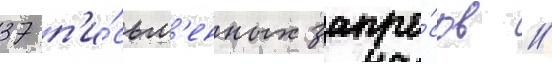
37 п'и́сьм'енных запро́сов //